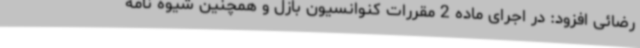
رضائی افزود: در اجرای ماده 2 مقررات کنوانسیون بازل و همچنین شیوه نامه